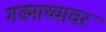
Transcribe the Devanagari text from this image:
गड्माथ्यावर